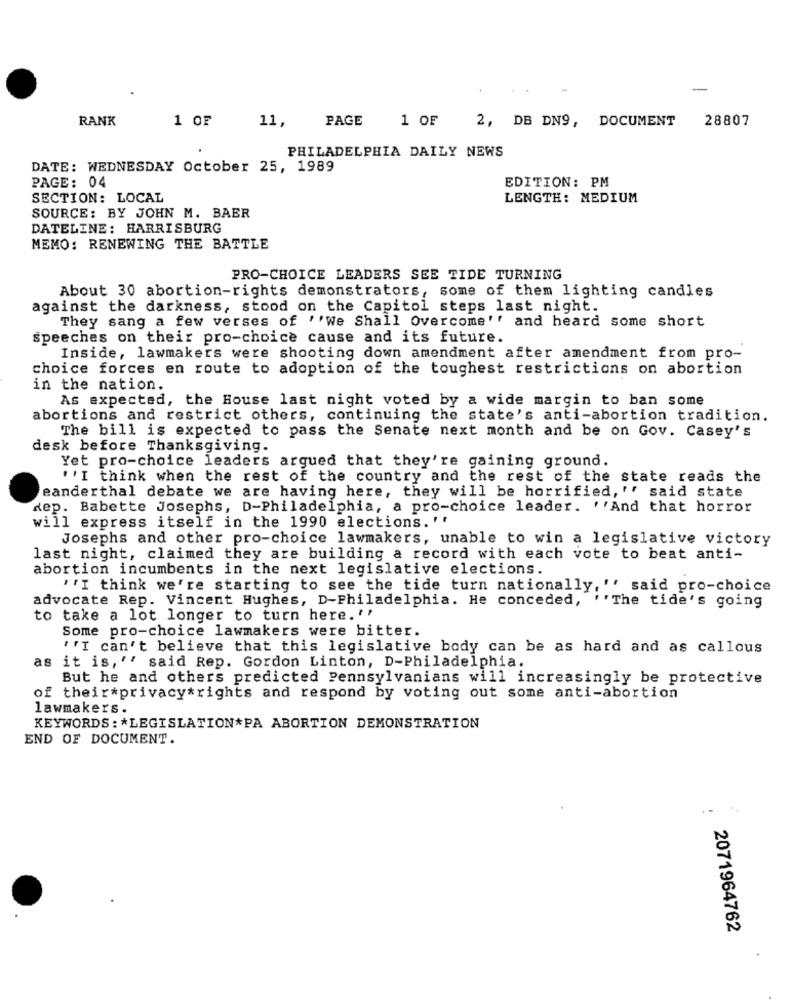
RANK
1 OF
11,
PAGE
1 OF
2, DB DN9, DOCUMENT
28807
PHILADELPHIA DAILY NEWS
DATE: WEDNESDAY October 25, 1989
PAGE: 04
EDITION: PM
SECTION: LOCAL
LENGTH: MEDIUM
SOURCE: BY JOHN M. BAER
DATELINE: HARRISBURG
MEMO: RENEWING THE BATTLE
PRO-CHOICE LEADERS SEE TIDE TURNING
About 30 abortion-rights demonstrators, some of them lighting candles
against the darkness, stood on the Capitol steps last night.
They sang a few verses of ''We Shall Overcome'' and heard some short
speeches on their pro-choice cause and its future.
Inside, lawmakers were shooting down amendment after amendment from pro-
choice forces en route to adoption of the toughest restrictions on abortion
in the nation.
As expected, the House last night voted by a wide margin to ban some
abortions and restrict others, continuing the state's anti-abortion tradition.
The bill is expected to pass the Senate next month and be on Gov. Casey's
desk before Thanksgiving.
Yet pro-choice leaders argued that they're gaining ground.
''I think when the rest of the country and the rest of the state reads the
eanderthal debate we are having here, they will be horrified, '' said state
dep. Babette Josephs, D-Philadelphia, a pro-choice leader. ''And that horror
will express itself in the 1990 elections. ''
Josephs and other pro-choice lawmakers, unable to win a legislative victory
last night, claimed they are building a record with each vote to beat anti-
abortion incumbents in the next legislative elections.
''I think we're starting to see the tide turn nationally," said pro-choice
advocate Rep. Vincent Hughes, D-Philadelphia. He conceded, ''The tide's going
to take a lot longer to turn here. ''
Some pro-choice lawmakers were bitter.
''I can't believe that this legislative body can be as hard and as callous
as it is, '' said Rep. Gordon Linton, D-Philadelphia.
But he and others predicted Pennsylvanians will increasingly be protective
of their*privacy*rights and respond by voting out some anti-abortion
lawmakers.
KEYWORDS : * LEGISLATION*PA ABORTION DEMONSTRATION
END OF DOCUMENT.
. -
2071964762